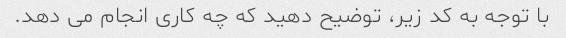
با توجه به کد زیر، توضیح دهید که چه کاری انجام می دهد.